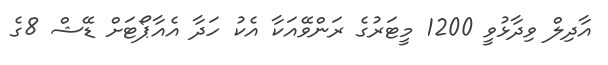
އާދިލް ވިދާޅުވީ 1200 މީޓަރުގެ ރަންވޭއަކާ އެކު ހަދާ އެއާޕޯޓަށް ޑޭޝް 8ގެ